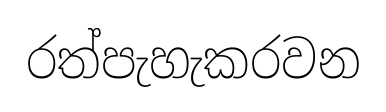
රත්පැහැකරවන